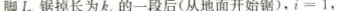
脚 $$L_{i}$$ 锯掉长为k_{i}，的一段后(从地面开始锯)，i=1，